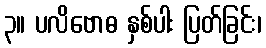
၃။ ပလိဗောဓ နှစ်ပါး ပြတ်ခြင်း၊